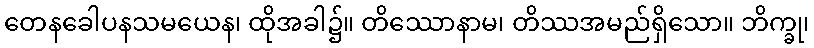
တေနခေါပနသမယေန၊ ထိုအခါ၌။ တိဿောနာမ၊ တိဿအမည်ရှိသော။ ဘိက္ခု၊